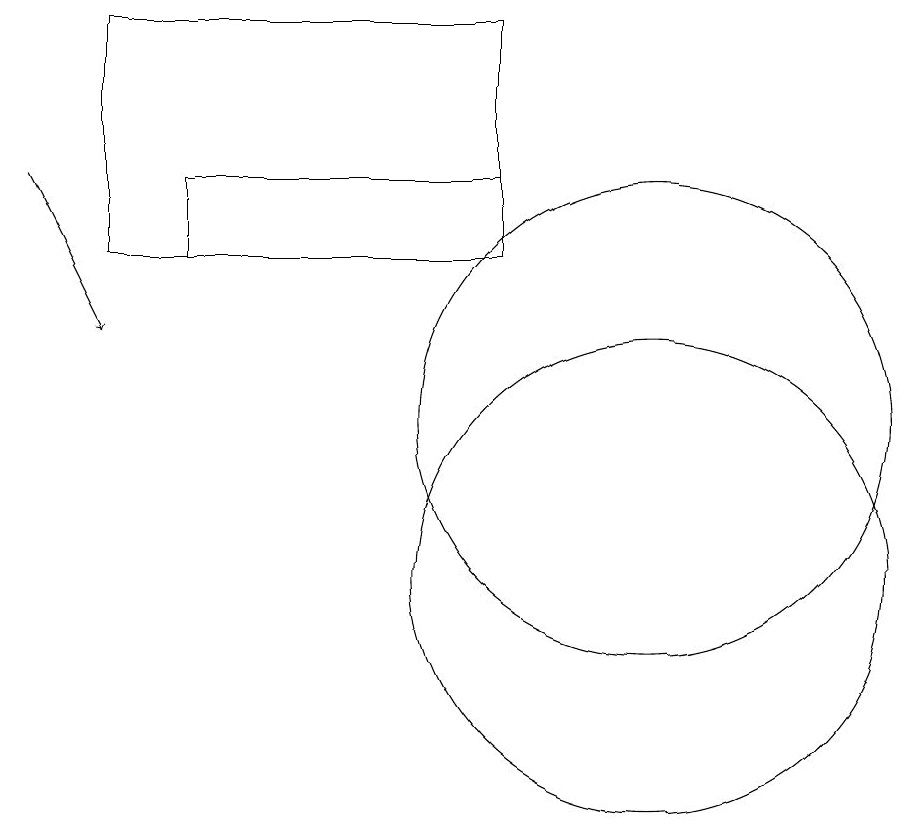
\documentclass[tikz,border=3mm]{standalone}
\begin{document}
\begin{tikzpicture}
\draw (10,12) circle (0);
\draw (3,17) rectangle (8,14);
\draw (4,15) rectangle (8,14);
\draw (10,10) circle (3);
\draw[->] (2,15) -- (3,13);
\draw (10,12) circle (3);
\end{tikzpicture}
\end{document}